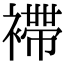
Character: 𧝫